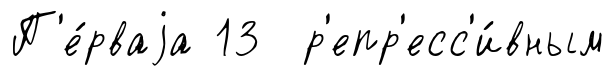
П'е́рваjа 13 р'епр'есс'и́вным